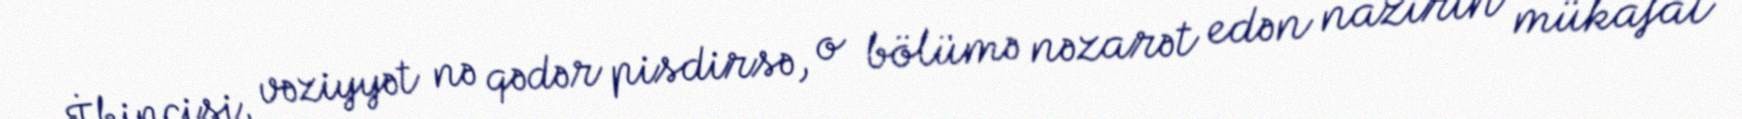
İkincisi, vəziyyət nə qədər pisdirsə, o bölümə nəzarət edən nazirin mükafat